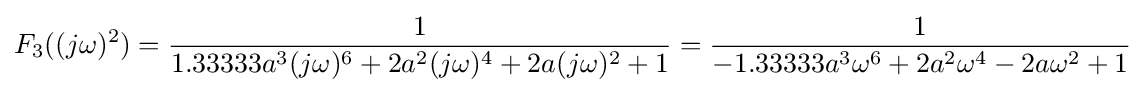
F_{3}((j\omega )^{2})={\frac {1}{1.33333a^{3}(j\omega )^{6}+2a^{2}(j\omega )^{4}+2a(j\omega )^{2}+1}}={\frac {1}{-1.33333a^{3}\omega ^{6}+2a^{2}\omega ^{4}-2a\omega ^{2}+1}}